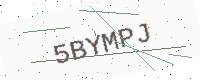
Text: 5BYMPJ